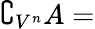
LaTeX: \complement_{V^{n}}A=